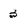
Character: 3